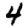
Digit: 4